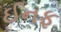
ઈનફ